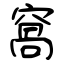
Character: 窩